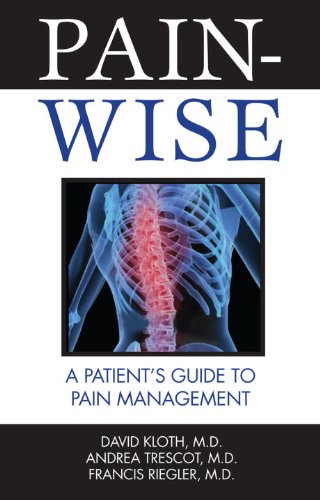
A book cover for Pain-Wise: A Patient's Guide to Pain Management; David Kloth M.D.; Health, Fitness & Dieting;